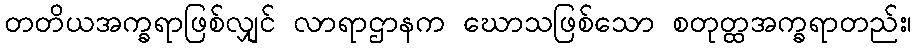
တတိယအက္ခရာဖြစ်လျှင် လာရာဌာနက ဃောသဖြစ်သော စတုတ္ထအက္ခရာတည်း၊